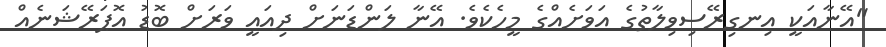
"އޭނާއަކީ އިނގިރޭސިވިލާތުގެ އަވަށެއްގެ މީހެކެވެ. އޭނާ ލަންޑަނަށް ދިއައީ ވަރަށް ބޮޑު އޮޕަރޭޝަނެއް